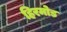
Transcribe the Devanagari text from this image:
हिरमोड